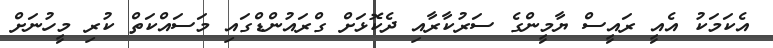
އެކަމަކު އެއީ ރައީސް ޔާމީންގެ ސަރުކާރާއި ދެކޮޅަށް ގްރައުންޑްގައި މަސައްކަތް ކުރި މީހުނަށް